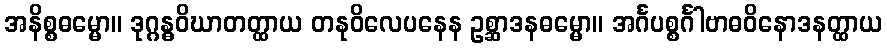
အနိစ္စဓမ္မော။ ဒုဂ္ဂန္ဓဝိဃာတတ္ထာယ တနုဝိလေပနေန ဥစ္ဆာဒနဓမ္မော။ အင်္ဂပစ္စင်္ဂါဗာဓဝိနောဒနတ္ထာယ